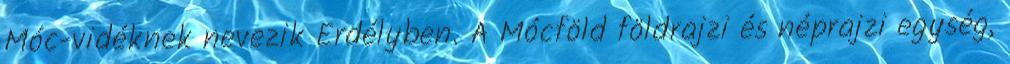
Móc-vidéknek nevezik Erdélyben. A Mócföld földrajzi és néprajzi egység,